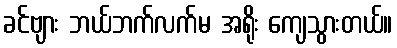
ခင်ဗျား ဘယ်ဘက်လက်မ အရိုး ကျေသွားတယ်။